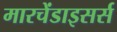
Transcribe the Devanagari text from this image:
मारचेंडाइसर्स